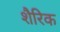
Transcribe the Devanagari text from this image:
शैरिक